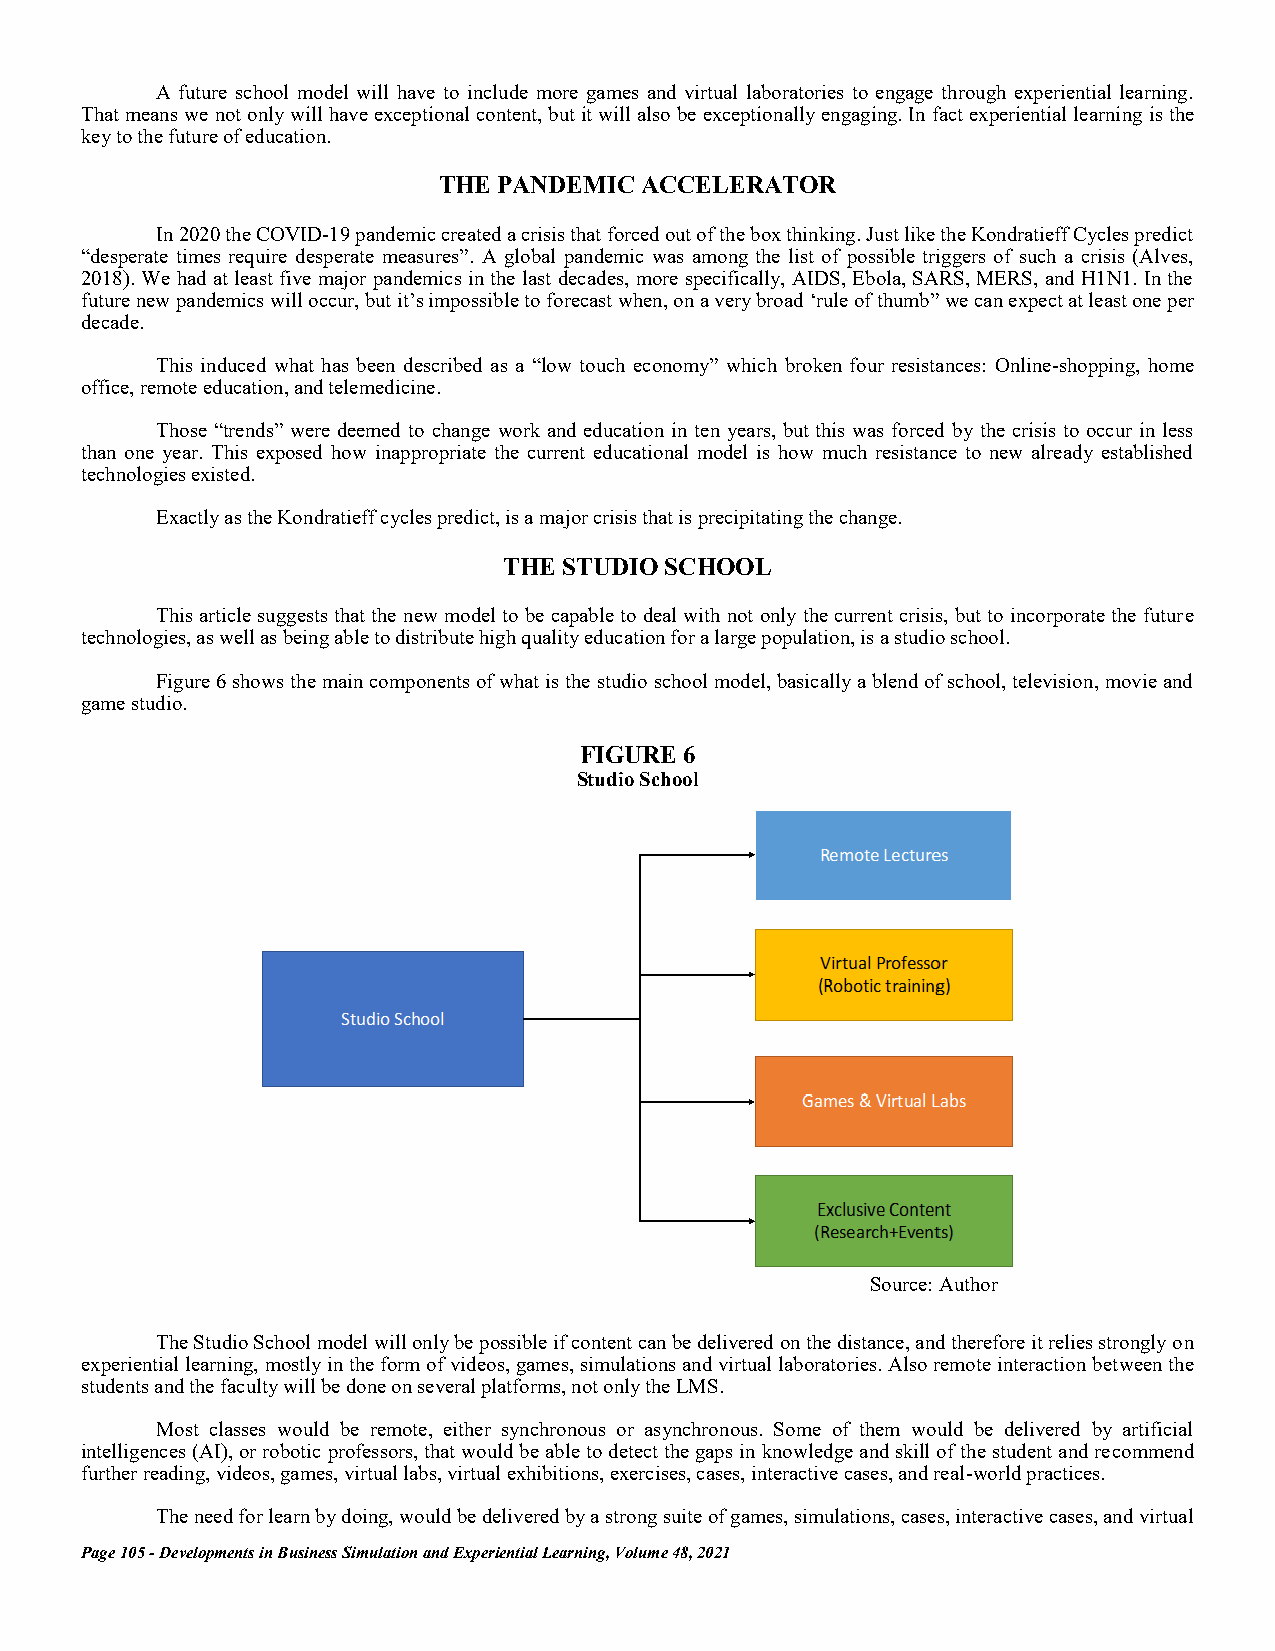
A future school model will have to include more games and virtual laboratories to engage through experiential learning.
 That means we not only will have exceptional content, but it will also be exceptionally engaging. In fact experiential learning is the
 key to the future of education.
 THE PANDEMIC ACCELERATOR
 In 2020 the COVID-19 pandemic created a crisis that forced out of the box thinking. Just like the Kondratieff Cycles predict
 “desperate times require desperate measures”. A global pandemic was among the list of possible triggers of such a crisis (Alves,
 2018). We had at least five major pandemics in the last decades, more specifically, AIDS, Ebola, SARS, MERS, and H1N1. In the
 future new pandemics will occur, but it’s impossible to forecast when, on a very broad ‘rule of thumb” we can expect at least one per
 decade.
 This induced what has been described as a “low touch economy” which broken four resistances: Online-shopping, home
 office, remote education, and telemedicine.
 Those “trends” were deemed to change work and education in ten years, but this was forced by the crisis to occur in less
 than one year. This exposed how inappropriate the current educational model is how much resistance to new already established
 technologies existed.
 Exactly as the Kondratieff cycles predict, is a major crisis that is precipitating the change.
 THE STUDIO SCHOOL
 This article suggests that the new model to be capable to deal with not only the current crisis, but to incorporate the future
 technologies, as well as being able to distribute high quality education for a large population, is a studio school.
 Figure 6 shows the main components of what is the studio school model, basically a blend of school, television, movie and
 game studio.
 FIGURE 6
 Studio School
 Source: Author
 The Studio School model will only be possible if content can be delivered on the distance, and therefore it relies strongly on
 experiential learning, mostly in the form of videos, games, simulations and virtual laboratories. Also remote interaction between the
 students and the faculty will be done on several platforms, not only the LMS.
 Most classes would be remote, either synchronous or asynchronous. Some of them would be delivered by artificial
 intelligences (AI), or robotic professors, that would be able to detect the gaps in knowledge and skill of the student and recommend
 further reading, videos, games, virtual labs, virtual exhibitions, exercises, cases, interactive cases, and real-world practices.
 The need for learn by doing, would be delivered by a strong suite of games, simulations, cases, interactive cases, and virtual
 Page 105 - Developments in Business Simulation and Experiential Learning, Volume 48, 2021